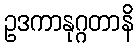
ဥဒကာနုဂ္ဂတာနိ